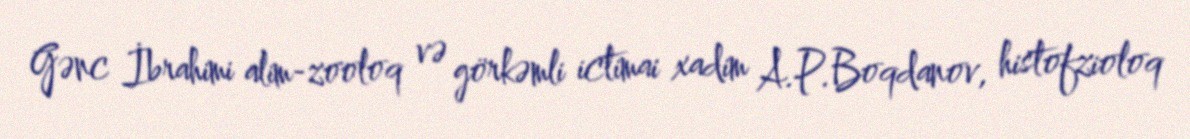
Gənc İbrahimi alim-zooloq və görkəmli ictimai xadim A.P.Boqdanov, histofzioloq